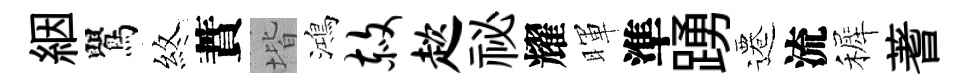
絪鸎煞蕡堦鴻赦趑祕耀暉準踴遷流裤蓍